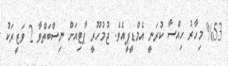
%53 މިހާރު ހިއްސާ ކުރަނީ އެމްޑީޕީއެވެ. ޖުމުހޫރީ ޕާޓިއަށް ނިސްބަތްވާ 2 ވަޒީރަކު